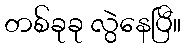
တစ်ခုခု လွဲနေပြီ။